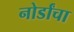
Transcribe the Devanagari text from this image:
नोर्डांचा